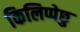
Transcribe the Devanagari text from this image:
किलिप्पेछु